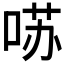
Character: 𱓁